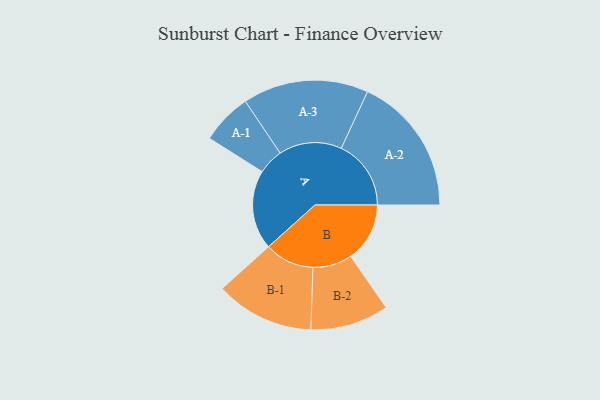
{"axis": {"x": "Segment", "y": "Value"}, "legend": ["", "A", "B"], "data": [{"x": "A", "y": 336, "type": ""}, {"x": "B", "y": 250, "type": ""}, {"x": "A-1", "y": 108, "type": "A"}, {"x": "A-2", "y": 295, "type": "A"}, {"x": "A-3", "y": 266, "type": "A"}, {"x": "B-1", "y": 209, "type": "B"}, {"x": "B-2", "y": 166, "type": "B"}]}